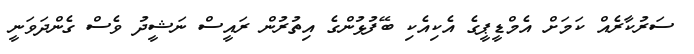
ސަރުކާރެއް ކަމަށް އެމްޑީޕީގެ އެކިއެކި ބޭފުޅުންގެ އިތުރުން ރައީސް ނަޝީދު ވެސް ގެންދަވަނީ